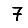
Digit: 7